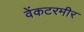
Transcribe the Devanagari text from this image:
वेंकटरमीर